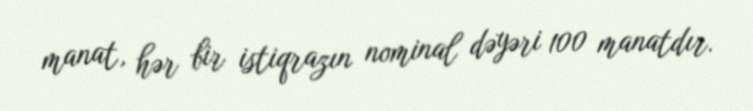
manat, hər bir istiqrazın nominal dəyəri 100 manatdır.